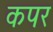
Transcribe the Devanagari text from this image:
कपर